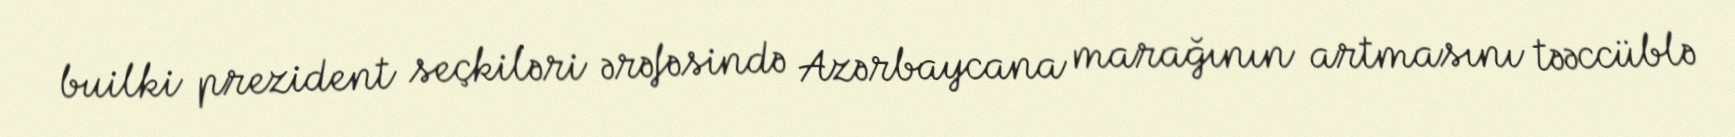
builki prezident seçkiləri ərəfəsində Azərbaycana marağının artmasını təəccüblə